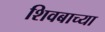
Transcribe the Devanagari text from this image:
शिवबाच्‍या